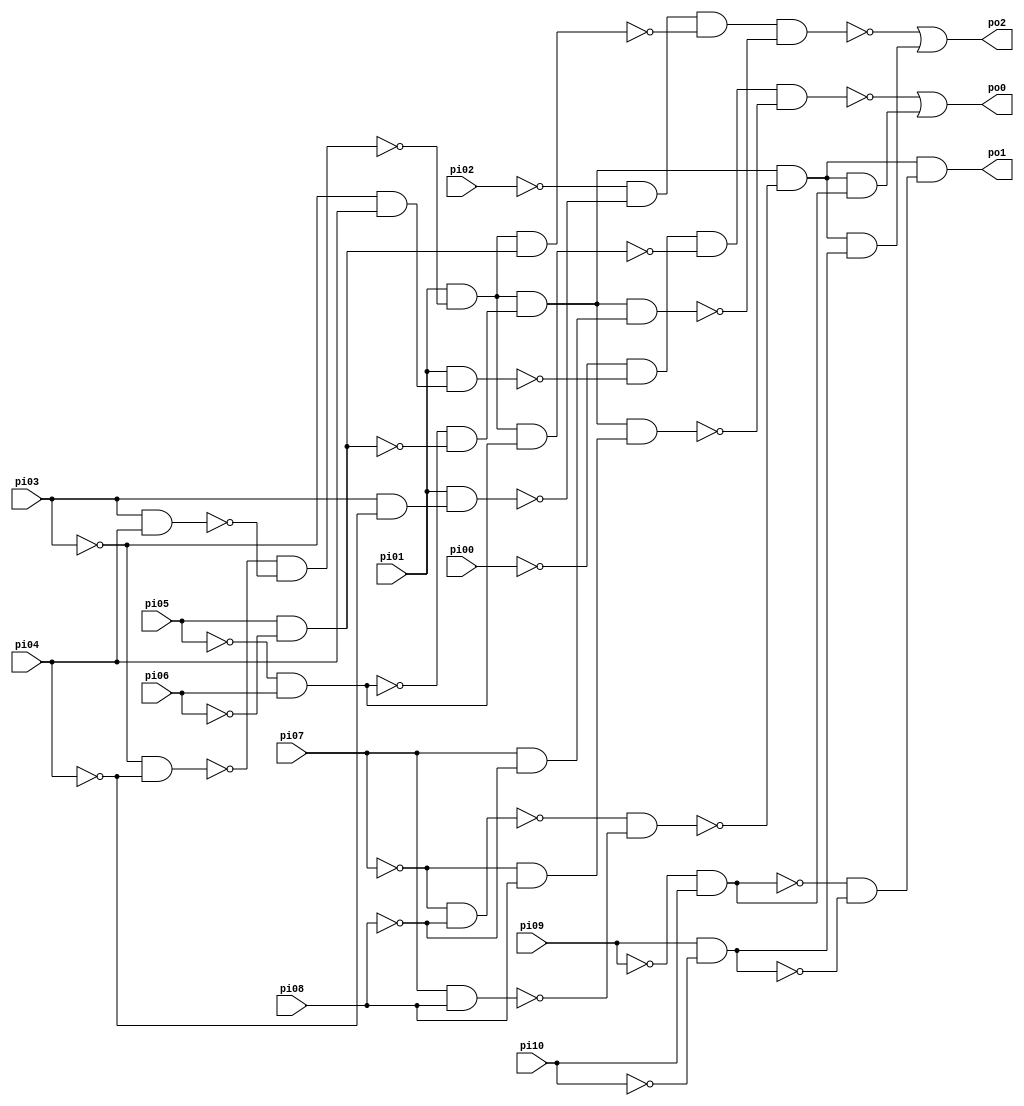
// Benchmark "CM85" written by ABC on Sun Apr 22 21:43:01 2018

module CM85 ( 
    pi00, pi01, pi02, pi03, pi04, pi05, pi06, pi07, pi08, pi09, pi10,
    po0, po1, po2  );
  input  pi00, pi01, pi02, pi03, pi04, pi05, pi06, pi07, pi08, pi09,
    pi10;
  output po0, po1, po2;
  wire n15, n16, n17, n18, n19, n20, n21, n22, n23, n24, n25, n26, n27, n28,
    n29, n30, n31, n32, n33, n34, n35, n36, n38, n39, n41, n42, n43, n44,
    n45, n46, n47, n48, n49;
  assign n15 = ~pi03 & ~pi04;
  assign n16 = pi03 & pi04;
  assign n17 = ~n15 & ~n16;
  assign n18 = pi01 & ~n17;
  assign n19 = ~pi05 & pi06;
  assign n20 = pi05 & ~pi06;
  assign n21 = ~n19 & ~n20;
  assign n22 = n18 & n21;
  assign n23 = ~pi07 & ~pi08;
  assign n24 = pi07 & pi08;
  assign n25 = ~n23 & ~n24;
  assign n26 = n22 & ~n25;
  assign n27 = ~pi09 & pi10;
  assign n28 = ~pi07 & pi08;
  assign n29 = ~pi03 & pi04;
  assign n30 = pi01 & n29;
  assign n31 = ~pi00 & ~n30;
  assign n32 = n18 & n19;
  assign n33 = n31 & ~n32;
  assign n34 = n22 & n28;
  assign n35 = n33 & ~n34;
  assign n36 = n26 & n27;
  assign po0 = ~n35 | n36;
  assign n38 = pi09 & ~pi10;
  assign n39 = ~n27 & ~n38;
  assign po1 = n26 & n39;
  assign n41 = pi07 & ~pi08;
  assign n42 = pi03 & ~pi04;
  assign n43 = pi01 & n42;
  assign n44 = ~pi02 & ~n43;
  assign n45 = n18 & n20;
  assign n46 = n44 & ~n45;
  assign n47 = n22 & n41;
  assign n48 = n46 & ~n47;
  assign n49 = n26 & n38;
  assign po2 = ~n48 | n49;
endmodule